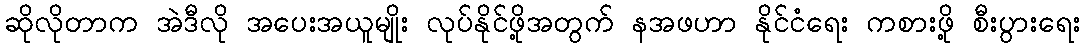
ဆိုလိုတာက အဲဒီလို အပေးအယူမျိုး လုပ်နိုင်ဖို့အတွက် နအဖဟာ နိုင်ငံရေး ကစားဖို့ စီးပွားရေး